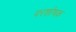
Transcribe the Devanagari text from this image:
परशोषक